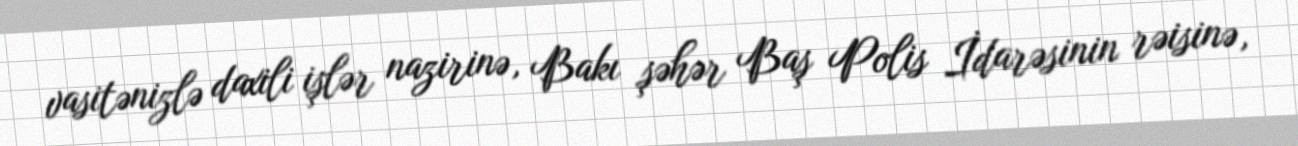
vasitənizlə daxili işlər nazirinə, Bakı şəhər Baş Polis İdarəsinin rəisinə,